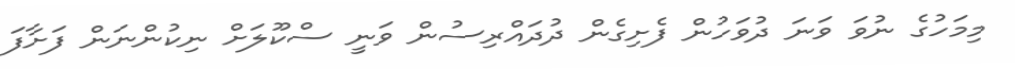
މިމަހުގެ ނުވަ ވަނަ ދުވަހުން ފެށިގެން ދުދައްރިސުން ވަނީ ސްކޫލަށް ނިކުންނަން ފަށާފަ